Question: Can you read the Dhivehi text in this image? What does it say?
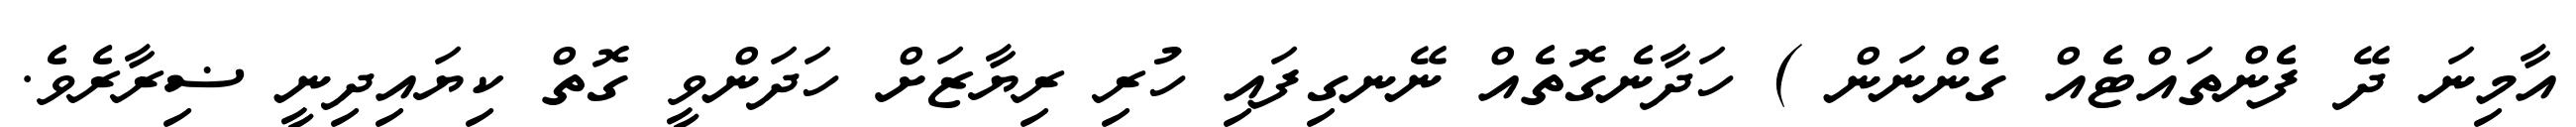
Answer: އާމިނަ ދޭ ފެންތައްޓެއް ގެންނަން ) ހަދާނެގޮތެއް ނޭނގިފައި ހުރި ރިޔާޒަށް ހަދަންވީ ގޮތް ކިޔައިދިނީ ޟިރާރެވެ.